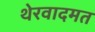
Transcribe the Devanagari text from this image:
थेरवादमत